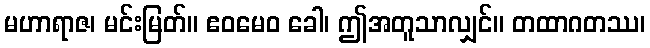
မဟာရာဇ၊ မင်းမြတ်။ ဧဝမေဝ ခေါ၊ ဤအတူသာလျှင်။ တထာဂတဿ၊